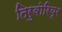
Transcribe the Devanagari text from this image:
तिरुवोरियूर